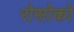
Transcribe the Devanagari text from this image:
रोसोको